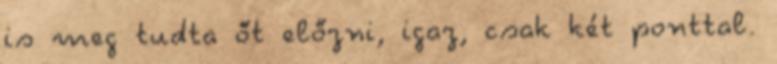
is meg tudta őt előzni, igaz, csak két ponttal.